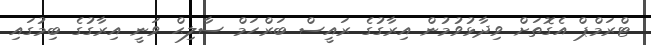
ޓްރަމްޕް އެގޮތަށް ވިދާޅުވުމުން އިރާގުގެ ރައީސް ބަރްހަމް ސާލިޙް ވަނީ އިރާގުގެ ބިމުގައި